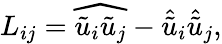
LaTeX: \begin{array}{r}{L_{ij}=\widehat{\tilde{u}_{i}\tilde{u}_{j}}-\hat{\tilde{u}}_{i}\hat{\tilde{u}}_{j},}\end{array}